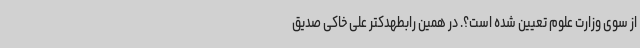
از سوی وزارت علوم تعیین شده است؟. در همین رابطهدکتر علی خاکی صدیق